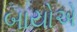
બાયોએ